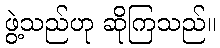
ဖွဲ့သည်ဟု ဆိုကြသည်။